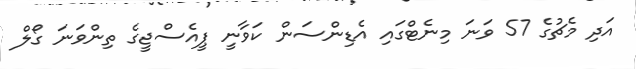
އަދި މެޗުގެ 57 ވަނަ މިނެޓްގައި އެޑިންސަން ކަވާނީ ޕީއެސްޖީގެ ތިންވަނަ ގޯލް